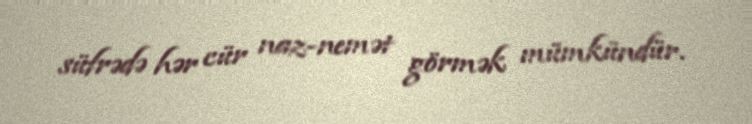
süfrədə hər cür naz-nemət görmək mümkündür.